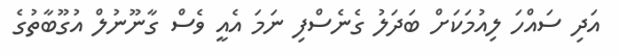
އަދި ސައްހަ ލިއުމަކަށް ބަދަލު ގެނެސްފި ނަމަ އެއީ ވެސް ގާނޫނުލް އުގޫބާތުގެ